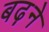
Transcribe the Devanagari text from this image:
बढ़़ने